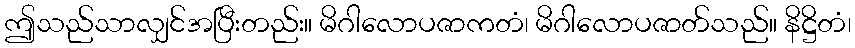
ဤသည်သာလျှင်အပြီးတည်း။ မိဂါလောပဇာကတံ၊ မိဂါလောပဇာတ်သည်။ နိဋ္ဌိတံ၊